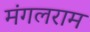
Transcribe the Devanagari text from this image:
मंगलराम